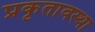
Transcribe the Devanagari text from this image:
प्रकृतावस्था